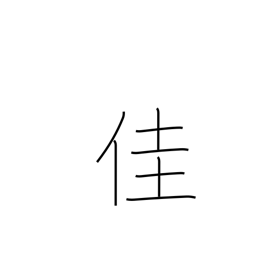
Meaning: excellent